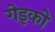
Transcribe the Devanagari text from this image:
गेइको